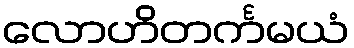
လောဟိတင်္ကမယံ